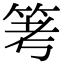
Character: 𥬯